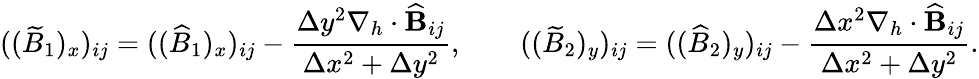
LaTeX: ((\widetilde{B}_{1})_{x})_{ij}=((\widehat{B}_{1})_{x})_{ij}-\frac{\Delta y^{2}\nabla_{h}\cdot\widehat{\mathbf{B}}_{ij}}{\Delta x^{2}+\Delta y^{2}},\qquad((\widetilde{B}_{2})_{y})_{ij}=((\widehat{B}_{2})_{y})_{ij}-\frac{\Delta x^{2}\nabla_{h}\cdot\widehat{\mathbf{B}}_{ij}}{\Delta x^{2}+\Delta y^{2}}.